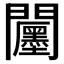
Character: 𮤪